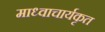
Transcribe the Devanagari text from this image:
माध्वाचार्यकृत